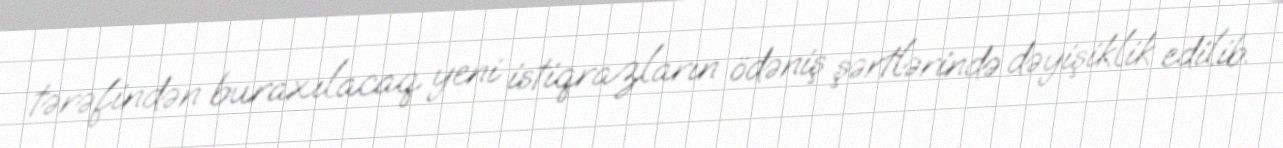
tərəfindən buraxılacaq yeni istiqrazların ödəniş şərtlərində dəyişiklik edilib.